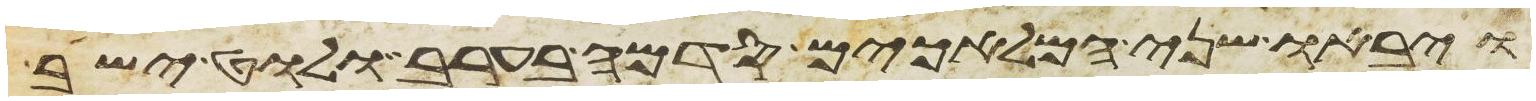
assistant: ויבאו שני המלאכים סדמה בערב ולוט ישב